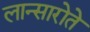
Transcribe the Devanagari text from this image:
लान्सारोते